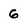
Character: 6